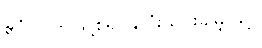
ဧဝံ - ဤသို့စ၍ နှလုံးသွင်းခါမျှဖြင့်၊